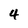
Character: 4